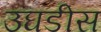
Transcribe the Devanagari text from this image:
उघडीस